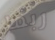
ربما